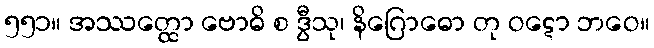
၅၅၁။ အဿတ္ထော ဗောဓိ စ ဒွီသု၊ နိဂြောဓော တု ဝဋော ဘဝေ။